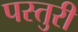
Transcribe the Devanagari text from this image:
पस्तुरी